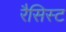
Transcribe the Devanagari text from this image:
रैसिस्ट